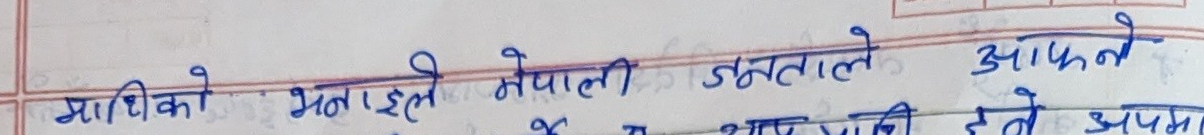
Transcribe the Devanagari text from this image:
माथिको भनाइले नेपाली जनताले आफ्नै